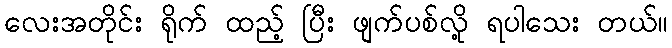
လေးအတိုင်း ရိုက် ထည့် ပြီး ဖျက်ပစ်လို့ ရပါသေး တယ်။